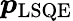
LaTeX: \boldsymbol{p}_{\mathrm{LSQE}}